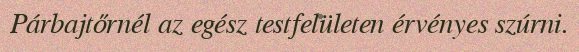
Párbajtőrnél az egész testfelületen érvényes szúrni.